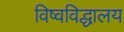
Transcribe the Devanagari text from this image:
विष्वविद्धालय